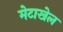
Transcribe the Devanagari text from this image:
मेटाखेल